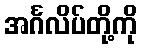
အင်္ဂလိပ်တို့ကို